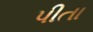
પીતા